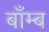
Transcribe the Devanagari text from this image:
बाँम्ब